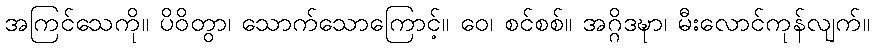
အကြင်သေကို။ ပိဝိတွာ၊ သောက်သောကြောင့်။ ဝေ၊ စင်စစ်။ အဂ္ဂိဒဍ္ဎာ၊ မီးလောင်ကုန်လျက်။